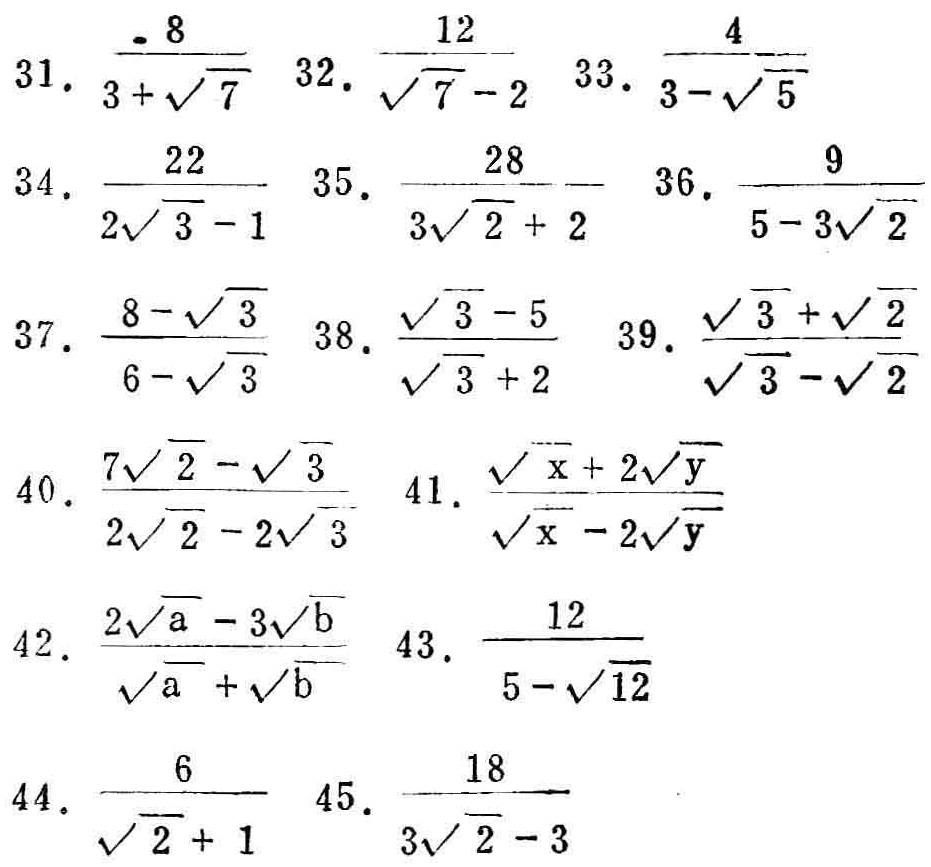
31. $\frac{8}{3 + \sqrt{7}}$
32. $\frac{12}{\sqrt{7} - 2}$
33. $\frac{4}{3 - \sqrt{5}}$
34. $\frac{22}{2\sqrt{3} - 1}$
35. $\frac{28}{3\sqrt{2} + 2}$
36. $\frac{9}{5 - 3\sqrt{2}}$
37. $\frac{8 - \sqrt{3}}{6 - \sqrt{3}}$
38. $\frac{\sqrt{3} - 5}{\sqrt{3} + 2}$
39. $\frac{\sqrt{3} + \sqrt{2}}{\sqrt{3} - \sqrt{2}}$
40. $\frac{7\sqrt{2} - \sqrt{3}}{2\sqrt{2} - 2\sqrt{3}}$
41. $\frac{\sqrt{x} + 2\sqrt{y}}{\sqrt{x} - 2\sqrt{y}}$
42. $\frac{2\sqrt{a} - 3\sqrt{b}}{\sqrt{a} + \sqrt{b}}$
43. $\frac{12}{5 - \sqrt{12}}$
44. $\frac{6}{\sqrt{2} + 1}$
45. $\frac{18}{3\sqrt{2} - 3}$